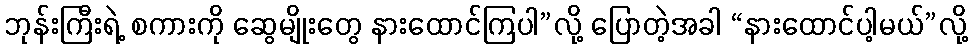
ဘုန်းကြီးရဲ့ စကားကို ဆွေမျိုးတွေ နားထောင်ကြပါ”လို့ ပြောတဲ့အခါ “နားထောင်ပါ့မယ်”လို့